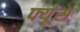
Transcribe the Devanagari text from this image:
फ्यूंस